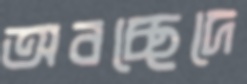
অবচ্ছেদে